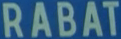
RABAT